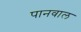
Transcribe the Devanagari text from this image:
पानवाल